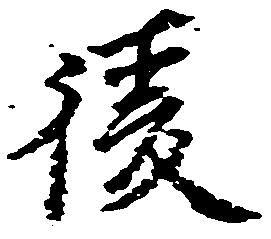
後